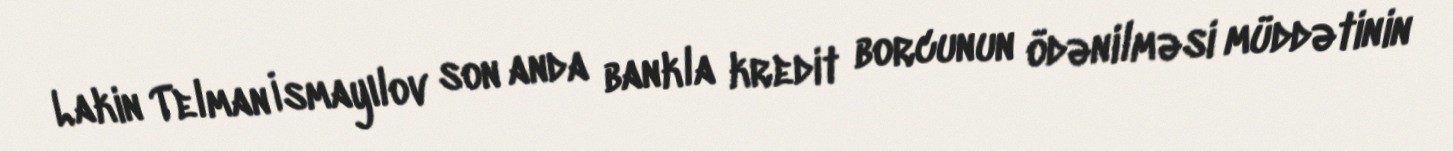
Lakin Telman İsmayılov son anda bankla kredit borcunun ödənilməsi müddətinin